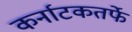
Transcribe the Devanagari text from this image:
कर्नाटकतर्फे